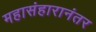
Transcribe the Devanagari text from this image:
महासंहारानंतर